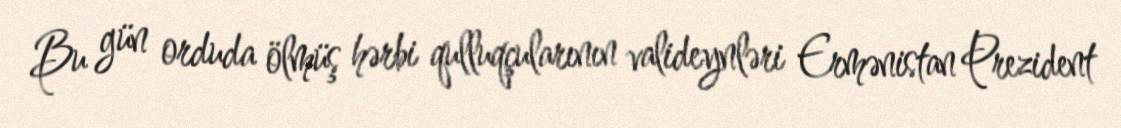
Bu gün orduda ölmüş hərbi qulluqçularının valideynləri Ermənistan Prezident